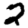
Digit: 2